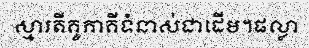
ស្មារតីគូភាគីទំនាស់ជាដើម។ផល្លា